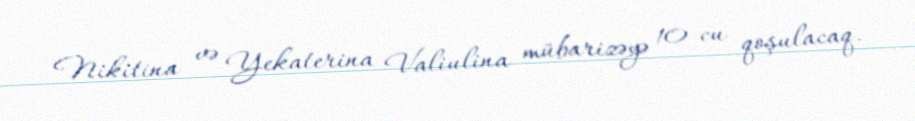
Nikitina və Yekaterina Valiulina mübarizəyə 10-cu qoşulacaq.